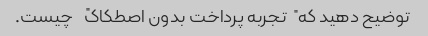
توضیح دهید که "تجربه پرداخت بدون اصطکاک" چیست.